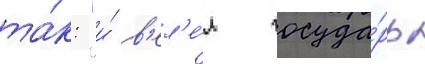
та́к: "и́ в'ел'е́л госуда́рь